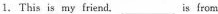
1. This is my friend. ___is from